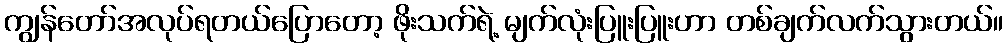
ကျွန်တော်အလုပ်ရတယ်ပြောတော့ ဖိုးသက်ရဲ့ မျက်လုံးပြူးပြူးဟာ တစ်ချက်လက်သွားတယ်။